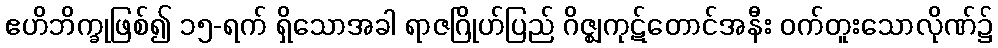
ဧဟိဘိက္ခုဖြစ်၍ ၁၅-ရက် ရှိသောအခါ ရာဇဂြိုဟ်ပြည် ဂိဇ္ဈကုဋ်တောင်အနီး ဝက်တူးသောလိုဏ်၌